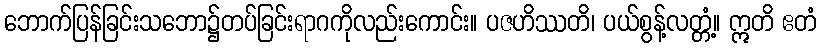
ဘောက်ပြန်ခြင်းသဘော၌တပ်ခြင်းရာဂကိုလည်းကောင်း။ ပဇဟိဿတိ၊ ပယ်စွန့်လတ္တံ့။ ဣတိ ဧတံ